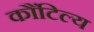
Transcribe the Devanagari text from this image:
कौंटिल्य